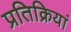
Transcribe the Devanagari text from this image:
प्रतिक्रियां